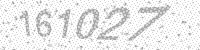
Solution: 161027